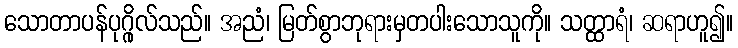
သောတာပန်ပုဂ္ဂိုလ်သည်။ အညံ၊ မြတ်စွာဘုရားမှတပါးသောသူကို။ သတ္ထာရံ၊ ဆရာဟူ၍။